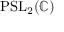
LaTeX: \mathrm { P S L } _ { 2 } ( \mathbb { C } )